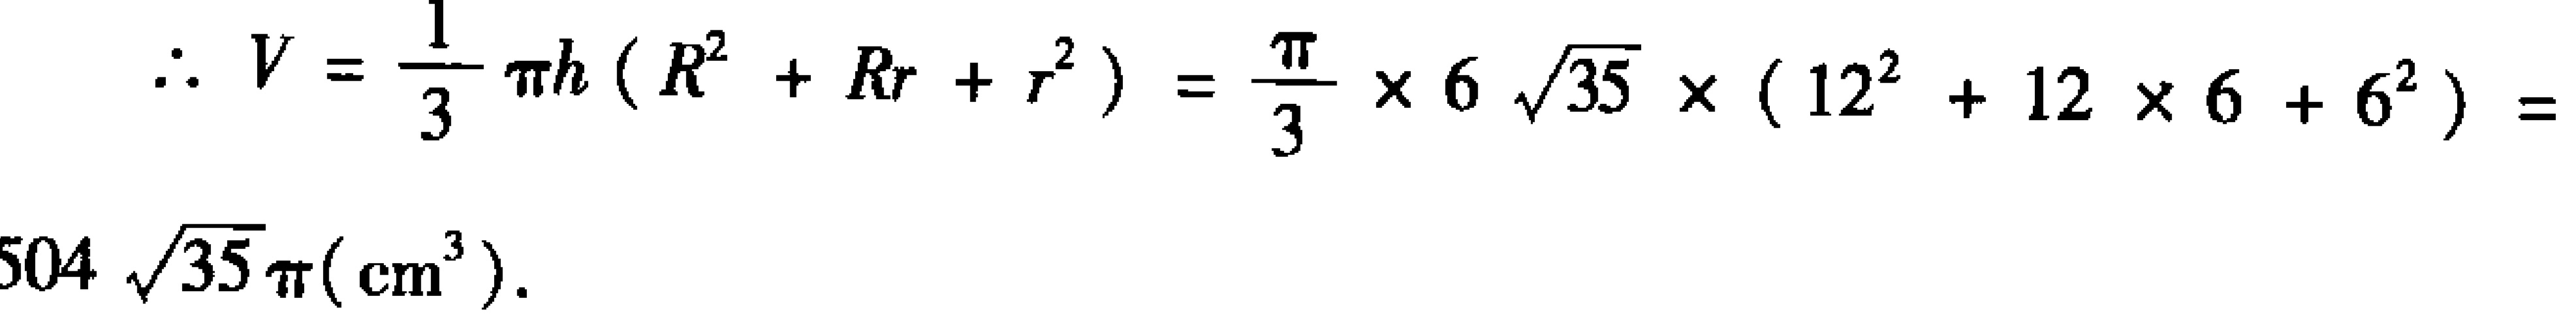
\[\therefore V = \frac{1}{3}\pi h (R^{2}+Rr + r^{2})=\frac{\pi}{3}\times6\sqrt{35}\times(12^{2}+12\times6 + 6^{2}) = 504\sqrt{35}\pi(\text{cm}^{3}).\]